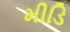
મીડિ